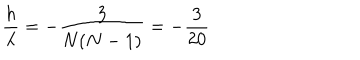
LaTeX: { \frac { h } { \lambda } } = - { \frac { 3 } { N ( N - 1 ) } } = - { \frac { 3 } { 2 0 } }